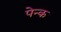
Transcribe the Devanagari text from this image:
पेन्क